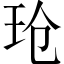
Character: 玱